Medical and sanitary report of the native army of Bengal for the year
Year: 1878
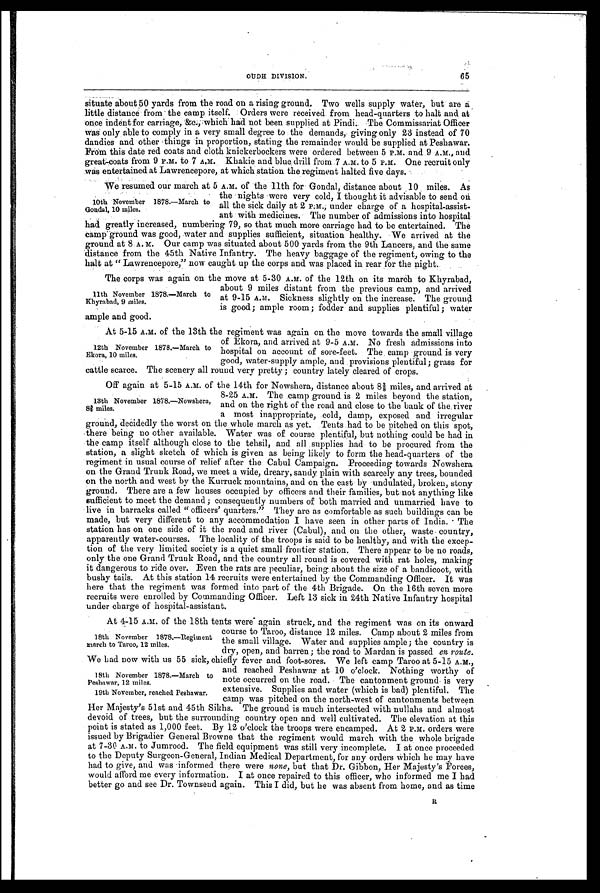
65
OUDH DIVISION.
situate about 50 yards from the road on a rising ground. Two wells supply water, but are a
little distance from the camp itself. Orders were received from head-quarters to halt and at
once indent for carriage, &c., which had not been supplied at Pindi. The Commissariat Officer
was only able to comply in a very small degree to the demands, giving only 23 instead of 70
dandies and other things in proportion, stating the remainder would be supplied at Peshawar.
From this date red coats and cloth knickerbockers were ordered between 5 P.M. and 9 A.M., and
great-coats from 9 P.M. to 7 A.M. Khakie and blue drill from 7 A.M. to 5 P.M. One recruit only
was entertained at Lawrencepore, at which station the regiment halted five days.
We resumed our march at 5 A.M. of the 11th for Gondal, distance about 10 miles. As
the nights were very cold, I thought it advisable to send on
all the sick daily at 2 P.M., under charge of a hospital-assist
k -
ant with medicines. The number of admissions into hospital
had greatly increased, numbering 79, so that much more carriage had to be entertained. The
camp ground was good, water and supplies sufficient, situation healthy. We arrived at the
ground at 8 A. M. Our camp was situated about 500 yards from the 9th Lancers, and the same
distance from the 45th Native Infantry. The heavy baggage of the regiment, owing to the
halt at "Lawrencepore," now caught up the corps and was placed in rear for the night.
The corps was again on the move at 5-30 A.M. of the 12th on its march to Khyrabad,
about 9 miles distant from the previous camp, and arrived
at 9-15 A.M. Sickness slightly on the increase. The ground
is good; ample room; fodder and supplies plentiful; water
ample and good.
At 5-15 A.M. of the 13th the regiment was again on the move towards the small village
of Ekora, and arrived at 9-5 A.M. No fresh admissions into
hospital on account of sore-feet. The camp ground is very
good, water-supply ample, and provisions plentiful; grass for
cattle scarce. The scenery all round very pretty; country lately cleared of crops.
Off again at 5-15 A.M. of the 14th for Nowshera, distance about 8 ⅜ miles, and arrived at
8-25 A.M. The camp ground is 2 miles beyond the station,
and on the right of the road and close to the bank of the river
a most inappropriate, cold, damp, exposed and irregular
ground, decidedly the worst on the whole march as yet. Tents had to be pitched on this spot,
there being no other available. Water was of course plentiful, but nothing could be had in
the camp itself although close to the tehsil, and all supplies had to be procured from the
station, a slight sketch of which is given as being likely to form the head-quarters of the
regiment in usual course of relief after the Cabul Campaign. Proceeding towards Nowshera
on the Grand Trunk Road, we meet a wide, dreary, sandy plain with scarcely any trees, bounded
on the north and west by the Kurruck mountains, and on the east by undulated, broken, stony
ground. There are a few houses occupied by officers and their families, but not anything like
sufficient to meet the demand; consequently numbers of both married and unmarried have to
live in barracks called "officers' quarters." They are as comfortable as such buildings can be
made, but very different to any accommodation I have seen in other parts of India. The
station has on one side of it the road and river (Cabul), and on the other, waste country,
apparently water-courses. The locality of the troops is said to be healthy, and with the excep
-
tion of the very limited society is a quiet small frontier station. There appear to be no roads,
only the one Grand Trunk Road, and the country all round is covered with rat holes, making
it dangerous to ride over. Even the rats are peculiar, being. about the size of a bandicoot, with
bushy tails. At this station 14 recruits were entertained by the Commanding Officer. It was
here that the regiment was formed into part of the 4th Brigade. On the 16th seven more
recruits were enrolled by Commanding Officer. Left 13 sick in 24th Native Infantry hospital
under charge of hospital-assistant.
At 4-15 A.M. of the 18th tents were again struck, and the regiment was on its onward
course to Taroo, distance 12 miles. Camp about 2 miles from
the small village. Water and supplies ample; the country is
dry, open, and barren: the road to Mardan is passed en route.
We had now with us 55 sick, chiefly fever and foot-sores. We left camp Taroo at 5-15 A.M.,
and reached Peshawar at 10 o'clock. Nothing worthy of
note occurred on the road. The cantonment ground is very
extensive. Supplies and water (which is bad) plentiful. The
camp was pitched on the north-west of cantonments between
Her Majesty's 51st and 45th Sikhs. The ground is much intersected with nullahs and almost
devoid of trees, but the surrounding country open and well cultivated. The elevation at this
point is stated as 1,000 feet. By 12 o'clock the troops were encamped. At 2 P.M. orders were
issued by Brigadier General Browne that the regiment would march with the whole brigade
at 7-30 A.M. to Jumrood. The field equipment was still very incomplete. I at once proceeded
to the Deputy Surgeon-General, Indian Medical Department, for any orders which he may have
had to give, and was informed there were none, but that Dr. Gibbon, Her Majesty's Forces,
would afford me every information. I at once repaired to this officer, who informed me I had
better go and see Dr. Townsend again. This I did, but he was absent from home, and as time
10th November 1878.—March to
Gondal, 10 miles.
11th November 1878.—March to
Khyrabad, 9 miles.
12th November 1878.—March to
Peshawar, 12 miles.
13th November 1878.—Nowshera
⅜ miles.
18th November 1878.—Regiment
march to Taroo, 12 miles.
18th November 1878.—March to
Peshawar, 12 miles.
19th November, reached Peshawar.